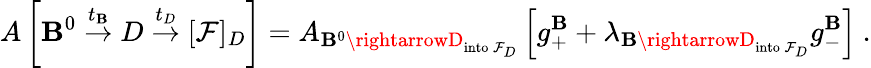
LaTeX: A\left[\mathbf{B}^{0}\stackrel{t_{\mathbf{B}}}{\rightarrow}D\stackrel{t_{D}}{\rightarrow}[\mathcal{F}]_{D}\right]=A_{\mathbf{B}^{0}\rightarrowD_{\mathrm{{into\, }}\mathcal{F}_{D}}}\left[g_{+}^{\mathbf{B}}+\lambda_{\mathbf{B}\rightarrowD_{\mathrm{{into\, }}\mathcal{F}_{D}}}g_{-}^{\mathbf{B}}\right]\ .